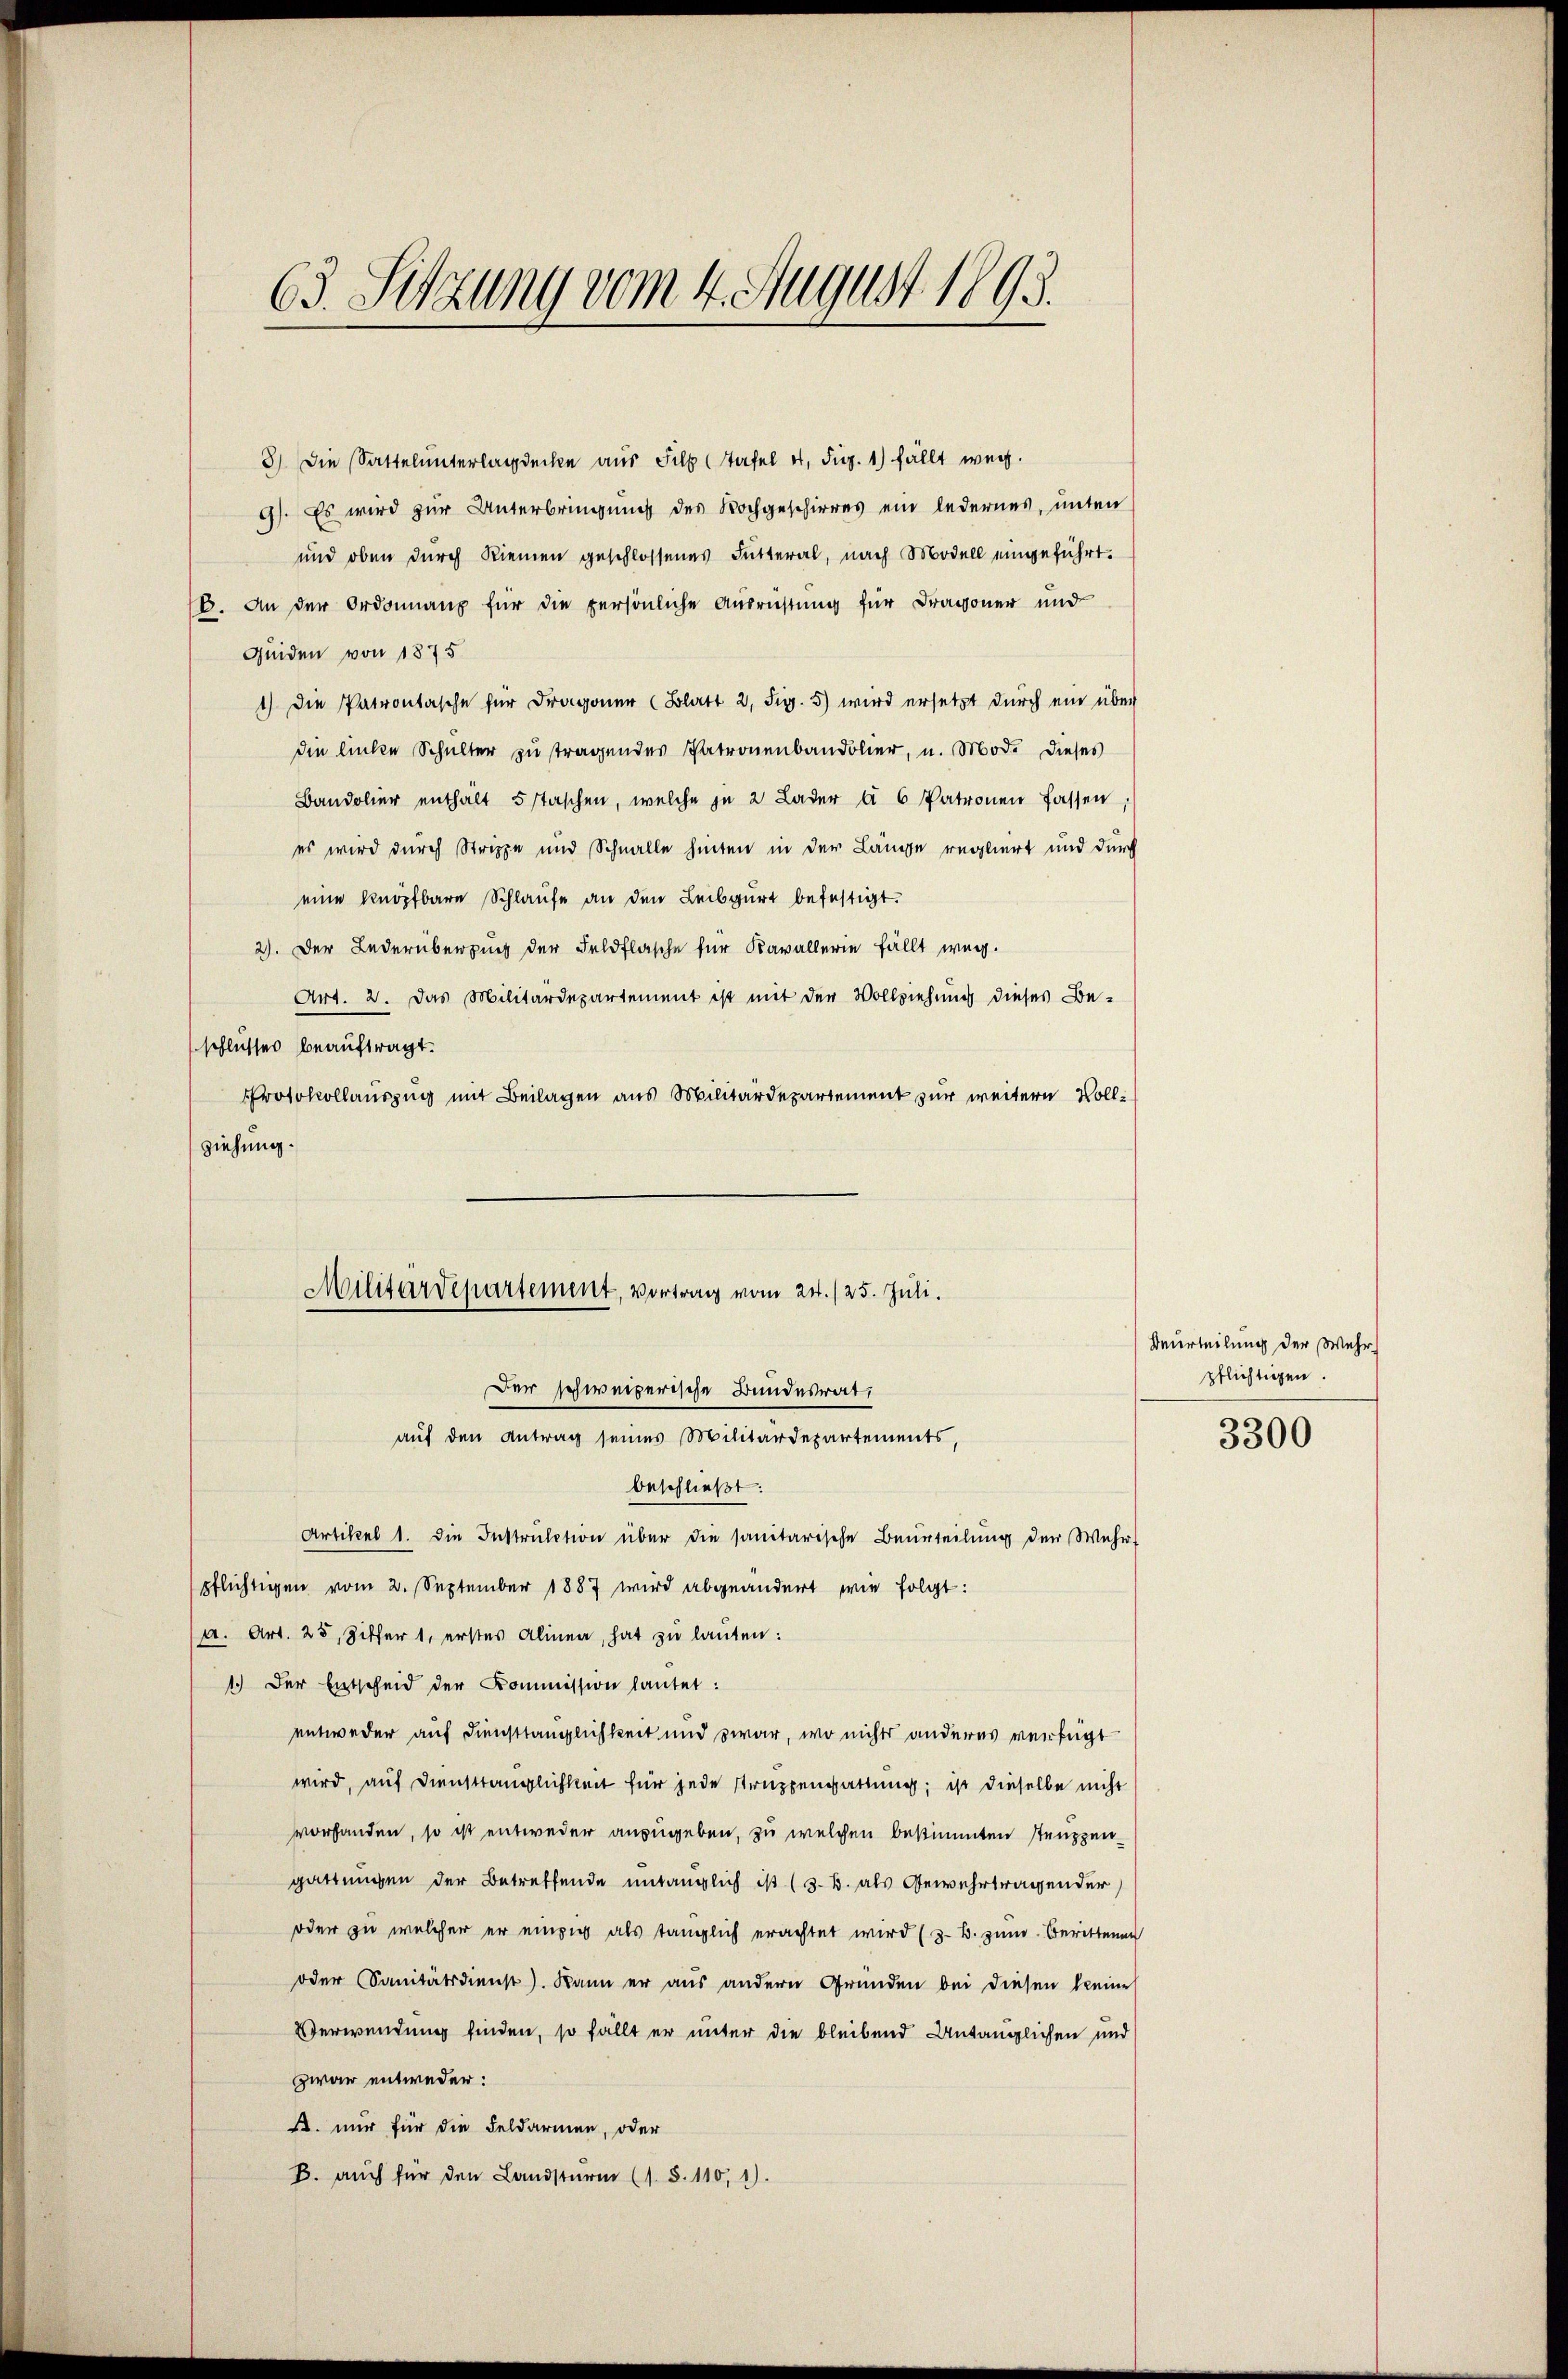
63. Sitzung vom 4. August 1893.

3) Die Sattelunterlagdecke aus Filz (Tafel u. Fr. 1) fällt weg.
9). Es wird zur Unterbringung des Nochgeschieres ein ledernes, unten
und oben durch Riemen geschlossenes Futteral, nach Modell eingeführt.
16. An der Ordonnanz für die persönliche Ausrichtung für Dragoner und
Geiden von 1875
1) Die Patrontasche für Dragoner (Blatt 2, Fig. 5) wird ersetzt durch ein über
die linke Schulter zu tragendes Patronenbandolier, u. Mod. dieses
Bandolier enthält 5 staschen, welche in 2 Lader à 6 Patronen fassen,
es wird durch Strippe und Schnalle hinten in der Länge regliert und durch
eine Knöpfbare Schlaufe an den Leibgurt befestigt.
2). Der Lederüberzug der Feldflasche für Kavallerie fällt weg.
Art. 2. Das Militärdepartement ist mit der Vollziehung dieses Be-
schlusses beauftragt.
Protokollauszug mit Beilagen aus Militärdepartement zur weitern Vollziehung.

Militärdepartement, Vortrag vom 24./25. Juli.
Der schweizerische Bundesrat,
auf den Antrag seines Militärdepartements,

beschließt:
Artikel 1. die Instruction über die sanitarische Beurteilung der Wehrpflichtigen vom 2. September 1887 wird abgeändert wie folgt:
a. Art. 25, Ziffer 1, erstes Alinea, hat zu lauten:
1.) Der Entscheid der Kommission lautet:
entweder auf Diensttauglichkeit und zwar, wo nichts anderes verfügt
wird, auf Diensttänglichkeit für jede Struppengattung; ist dieselbe nicht
vorhanden, so ist entweder anzugeben, zu welchen bestimmten Struppen
gattungen der Betreffende untauglich ist (3. B. als Gewehrtragender
oder zu welcher er einzig als tänglich erachtet wird (z. B. zum Berittenen
oder Sanitätsdienst). Dann er aŭs andern Gründen bei diesen kleine
Verwendung finden, so fällt er unter die bleibend Antänglichen und
zwar entweder:
. nur für die Feldarmen, oder
B. auch für den Landsturm (s. S. 110, 1).

Beurteilung der Wehr
pflichtigen.

3300